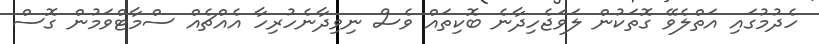
ހެދުމުގައި އަތްލެވޭ ގޮތަކުން ލަވަޖެހިދާނެ ބޮކިތައް ވެސް ނިވިދާނެހުރިހާ އެއްޗެއް ސްމާޓްވަމުން ގޮސް